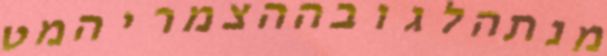
מנתהלגובההצמריהמט